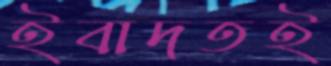
ইবাদতই